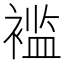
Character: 褴